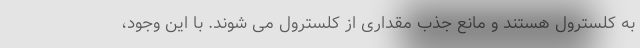
به کلسترول هستند و مانع جذب مقداری از کلسترول می شوند. با این وجود،